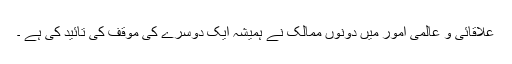
علاقائی و عالمی امور میں دونوں ممالک نے ہمیشہ ایک دوسرے کی موقف کی تائید کی ہے ۔